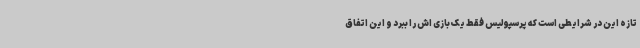
تازه این در شرایطی است که پرسپولیس فقط یک بازی اش را ببرد و این اتفاق